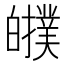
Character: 𤾷